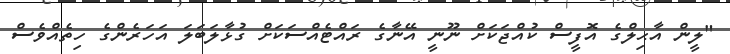
"ލީން އާޙިލްގެ އޮފީސް ކުއްޖަކަށް ނޫނީ އޭނާގެ ރައްޓެއްސަކަށް ގުޅާލަބަލަ އަހަރެންގެ ހިތެއްވެސް